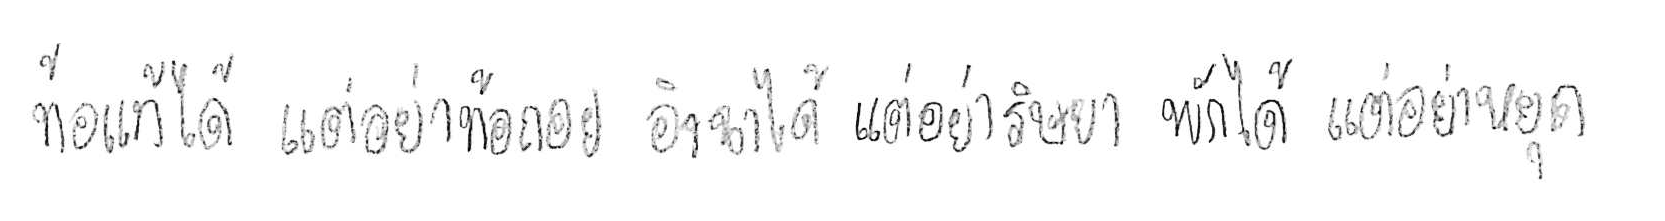
ท้อแท้ได้ แต่อย่าท้อถอย อิจฉาได้ แต่อย่าริษยา พักได้ แต่อย่าหยุด